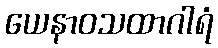
ယေနာဝသထာဂါရံ